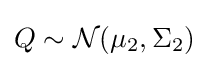
Q\sim {\mathcal {N}}(\mu _{2},\Sigma _{2})